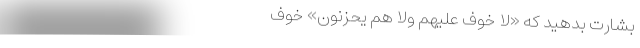
بشارت بدهید که «لَا خَوْفٌ عَلَیْهِمْ وَلَا هُمْ یَحْزَنُونَ» خوف